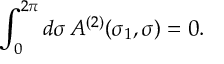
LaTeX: \int _ { 0 } ^ { 2 \pi } d \sigma \, A ^ { ( 2 ) } ( \sigma _ { 1 } , \sigma ) = 0 .